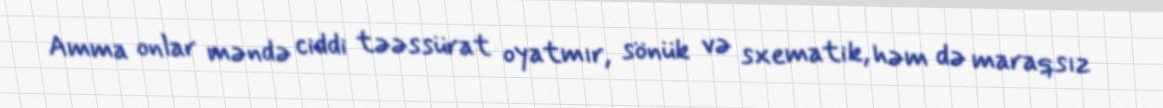
Amma onlar məndə ciddi təəssürat oyatmır, sönük və sxematik, həm də maraqsız